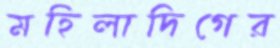
মহিলাদিগের